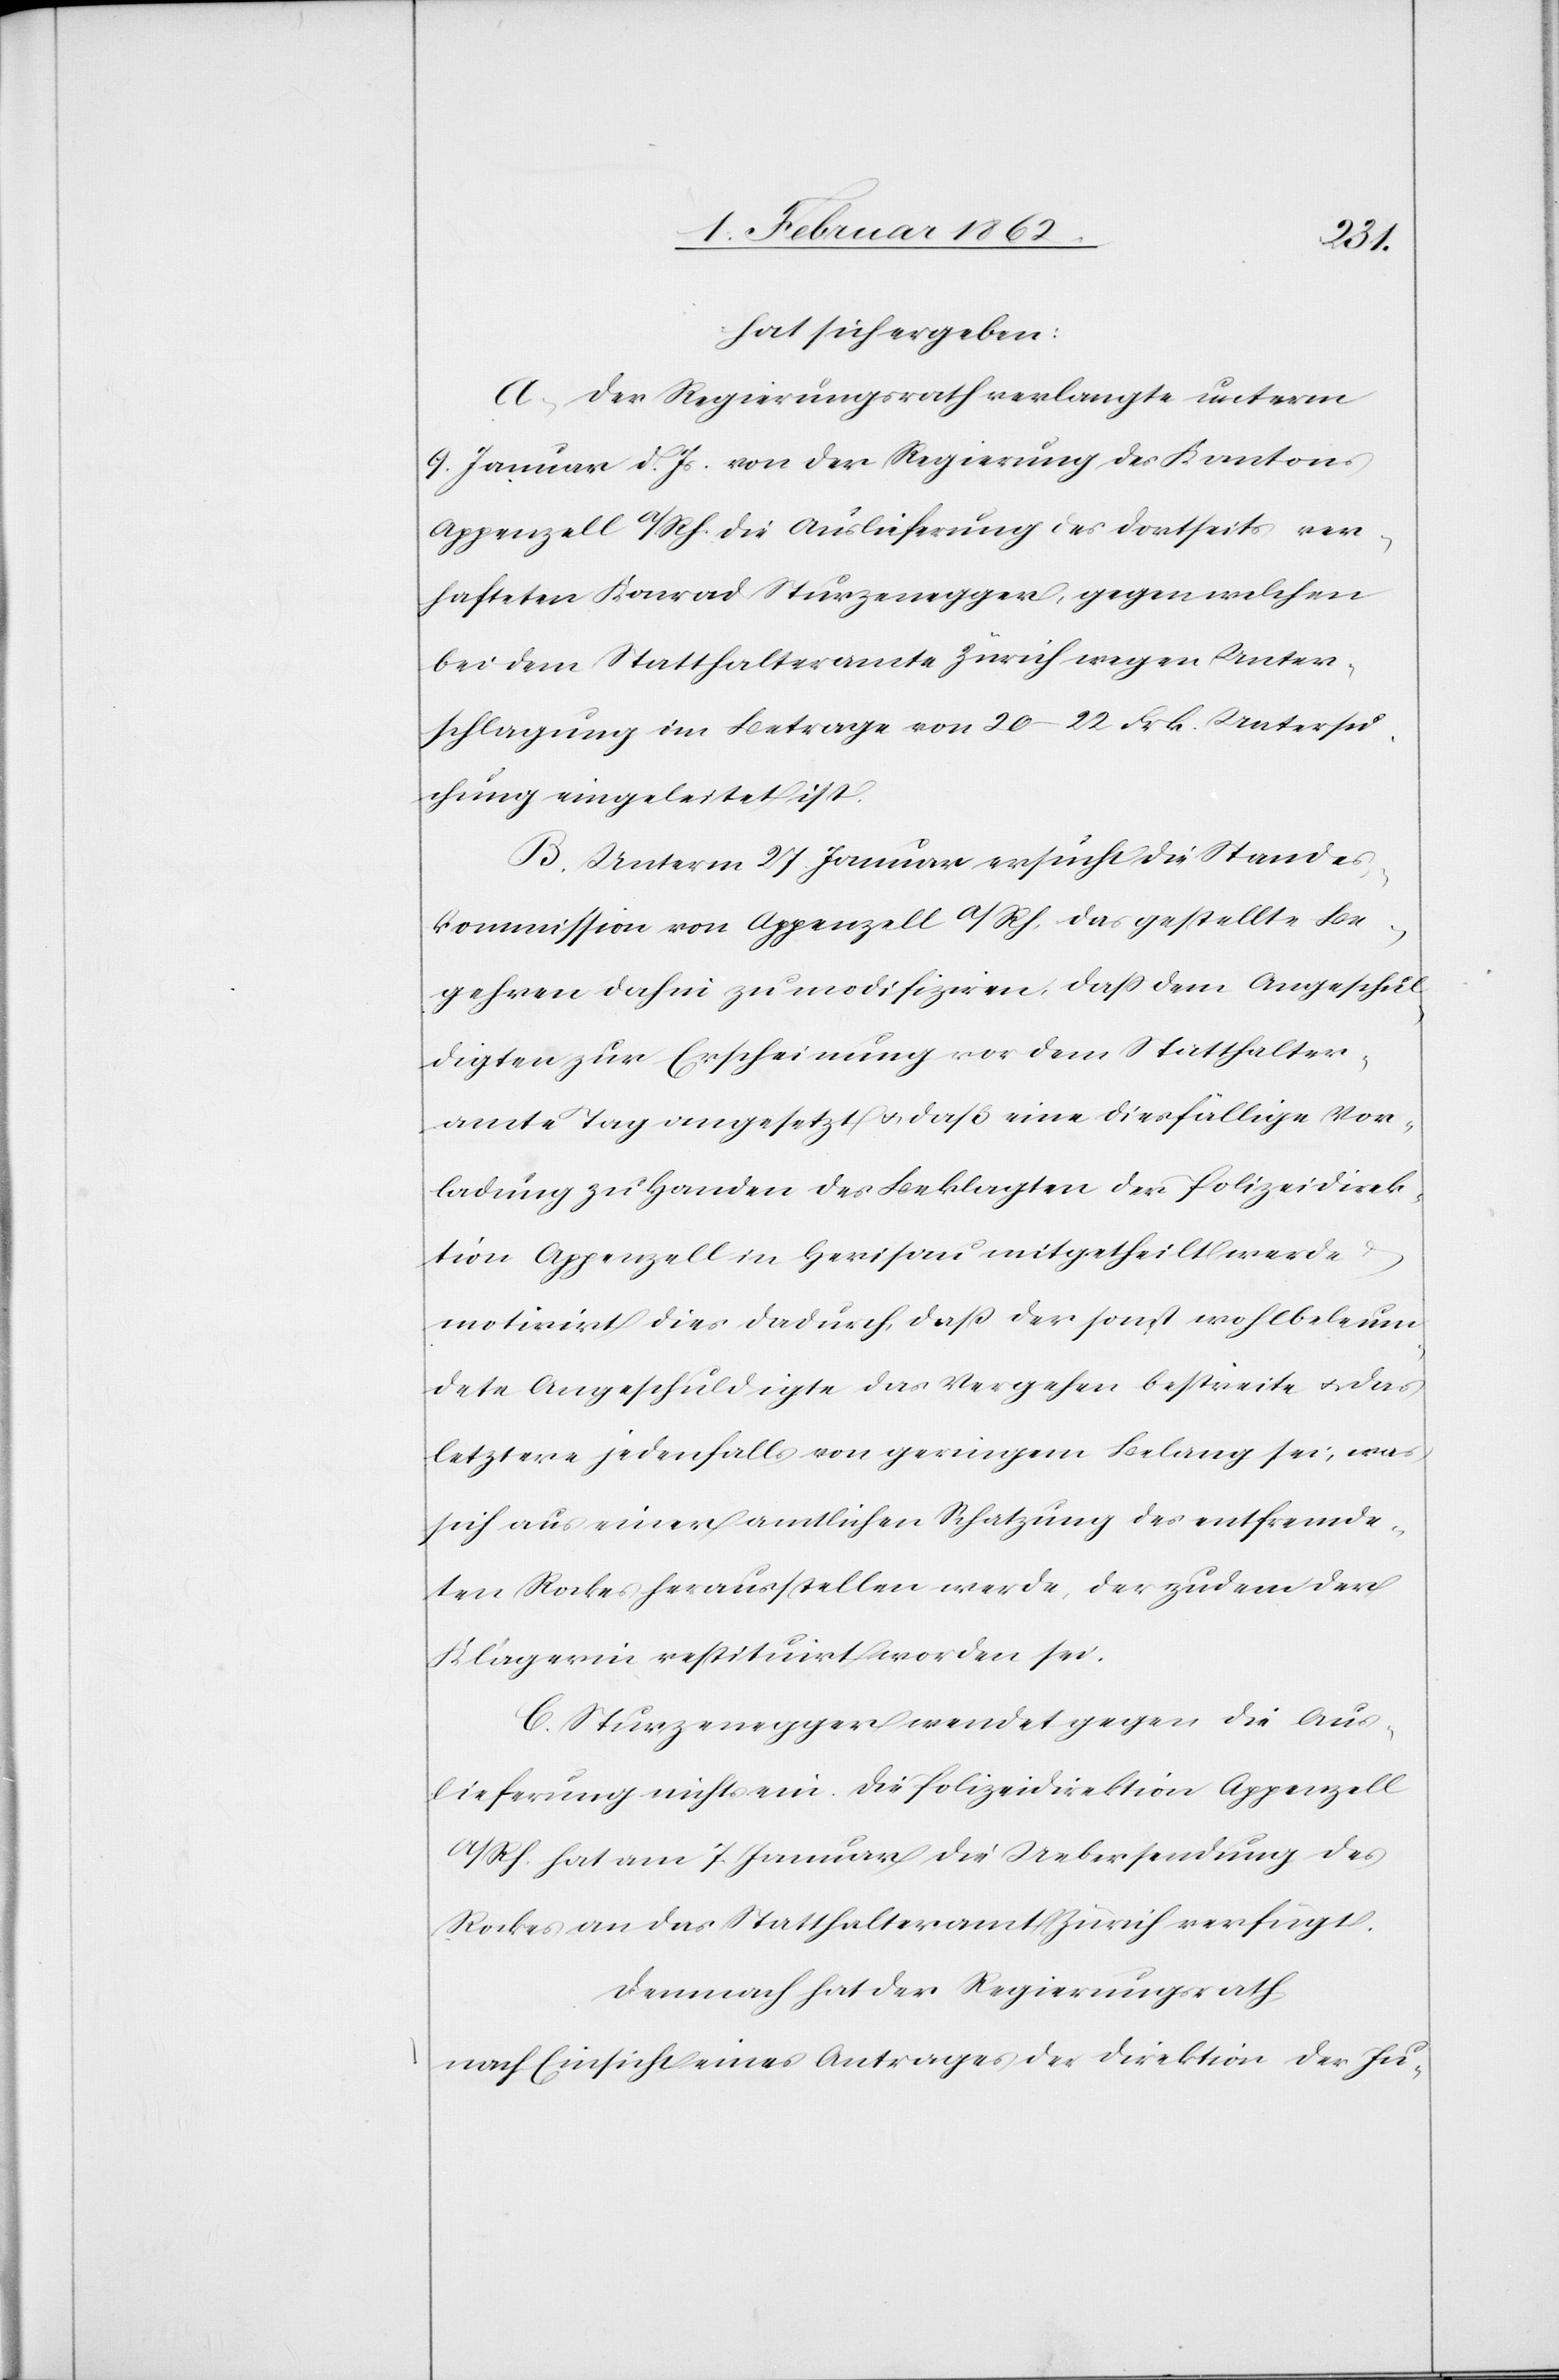
hat sich ergeben:
A. Der Regierungsrath verlangte unterm
9. Januar d. Js. von der Regierung des Kantons
Appenzell a/Rh. die Auslieferung des dortseits ver¬
hafteten Konrad Sturzenegger, gegen welchen
bei dem Statthalteramte Zürich wegen Unter¬
schlagung im Betrage von 20–22 Frk. Untersu¬
chung eingeleitet ist.
B. Unterm 27. Januar ersucht die Standes¬
kommission von Appenzell a/Rh. das gestellte Be¬
gehren dahin zu modifiziren, daß dem Angeschul¬
digten zur Erscheinung vor dem Statthalter¬
amte Tag angesetzt u. daß eine diesfällige Vor¬
ladung zu Handen des Beklagten der Polizeidirek¬
tion Appenzell in Herisau mitgetheilt werde
motivirt dies dadurch, daß der sonst wohlbeleum¬
dete Angeschuldigte das Vergehen bestreite u. das
letztere jedenfalls von geringem Belang sei; was
sich aus einer amtlichen Schatzung des entfremde¬
ten Rockes herausstellen werde, der zudem der
Klägerin restituirt worden sei.
C. Sturzenegger wendet gegen die Aus¬
lieferung nichts ein. Die Polizeidirektion Appenzell
a/Rh. hat am 7. Januar die Uebersendung des
Rockes an das Statthalteramt Zürich verfügt.
Demnach hat der Regierungsrath
nach Einsicht eines Antrages der Direktion der Ju-